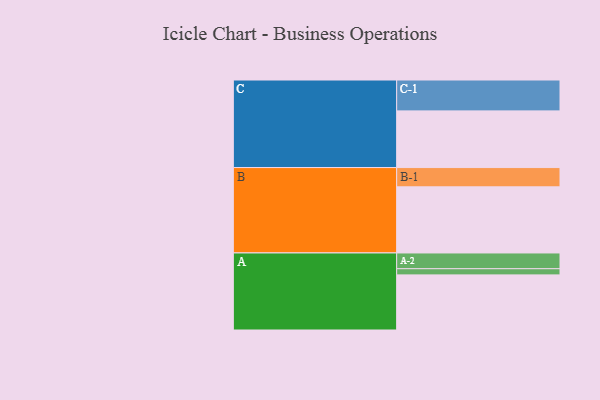
{"axis": {"x": "Segment", "y": "Value"}, "legend": ["", "A", "B", "C"], "data": [{"x": "A", "y": 455, "type": ""}, {"x": "B", "y": 546, "type": ""}, {"x": "C", "y": 468, "type": ""}, {"x": "A-1", "y": 51, "type": "A"}, {"x": "A-2", "y": 130, "type": "A"}, {"x": "B-1", "y": 159, "type": "B"}, {"x": "C-1", "y": 255, "type": "C"}]}